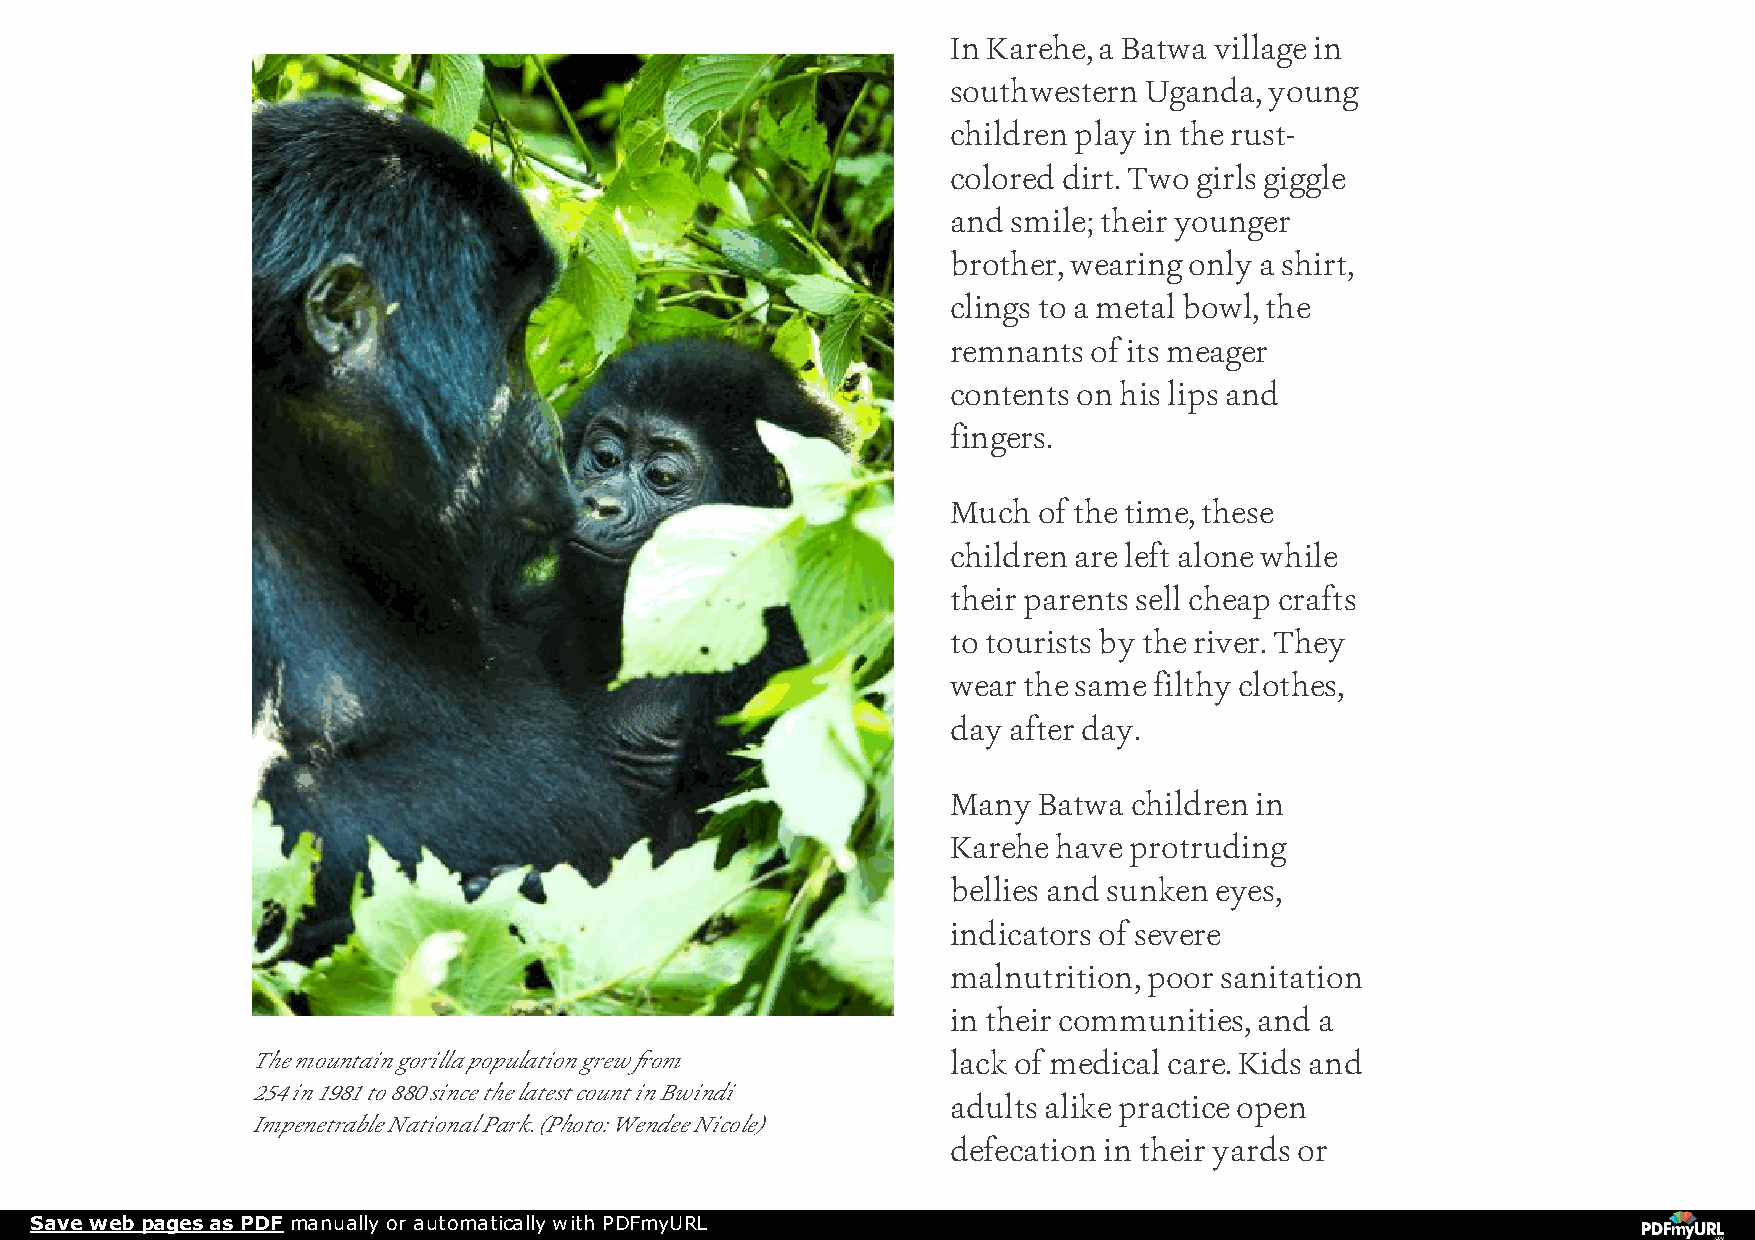
In Karehe, a Batwa village in
 southwestern Uganda, young
 children play in the rust-
 colored dirt. Two girls giggle
 and smile; their younger
 brother, wearing only a shirt,
 clings to a metal bowl, the
 remnants of its meager
 contents on his lips and
 fingers.
 Much  of the time, these
 children are left alone while
 their parents sell cheap crafts
 to tourists by the river. They
 wear the same filthy clothes,
 day after day.
 Many  Batwa children in
 Karehe have protruding
 bellies and sunken eyes,
 indicators of severe
 malnutrition, poor sanitation
 in their communities, and a
 The mountain gorilla population grew from     lack of medical care. Kids and
 254 in 1981 to 880 since the latest count in Bwindi
 adults alike practice open
 Impenetrable National Park. (Photo: Wendee Nicole)
 defecation in their yards or
 Save web pages as PDF manually or automatically with PDFmyURL